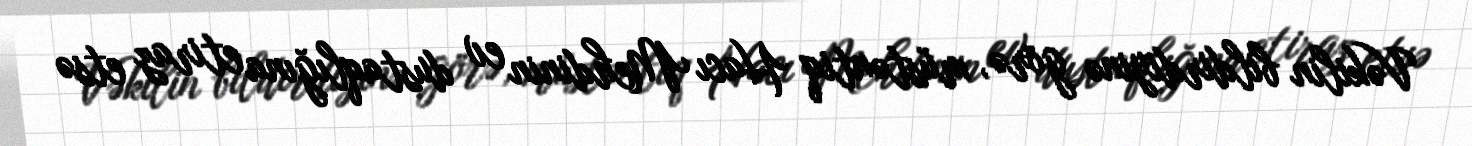
Vəkilin bildirdiyinə görə, müstəntiq Hacı Mehdinin ev dustaqlığına etiraz etsə